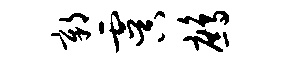
鄣虞鹧